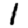
Digit: 1